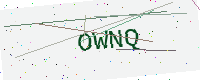
Text: OWNQ